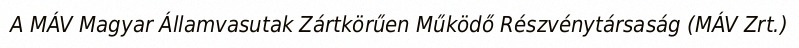
A MÁV Magyar Államvasutak Zártkörűen Működő Részvénytársaság (MÁV Zrt.)